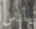
بأناس